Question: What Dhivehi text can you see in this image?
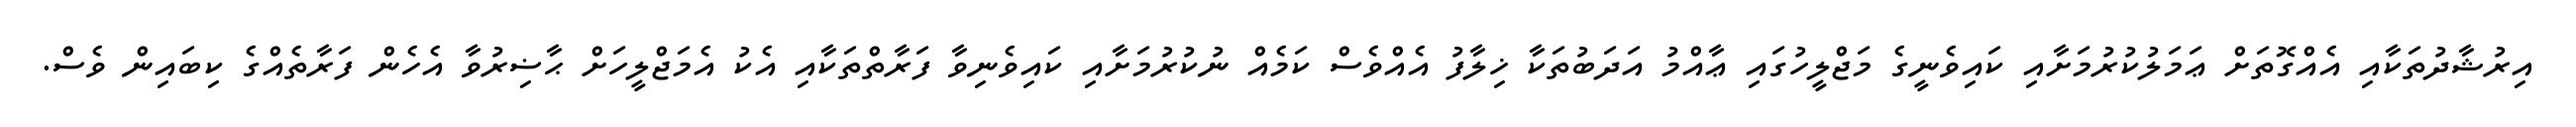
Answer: އިރުޝާދުތަކާއި އެއްގޮތަށް ޢަމަލުކުރުމަށާއި ކައިވެނީގެ މަޖްލީހުގައި ޢާއްމު އަދަބުތަކާ ޚިލާފު އެއްވެސް ކަމެއް ނުކުރުމަށާއި ކައިވެނިވާ ފަރާތްތަކާއި އެކު އެމަޖްލީހަށް ޙާޟިރުވާ އެހެން ފަރާތެއްގެ ކިބައިން ވެސް.